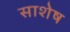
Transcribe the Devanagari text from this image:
साशेष